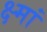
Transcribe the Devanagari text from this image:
क्ष्मां